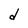
Character: d